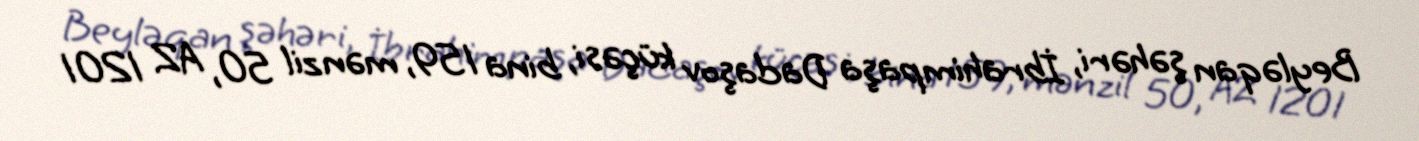
Beyləqan şəhəri, İbrahimpaşa Dadaşov küçəsi, bina 159, mənzil 50, AZ 1201